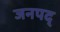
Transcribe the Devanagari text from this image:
जनपद्